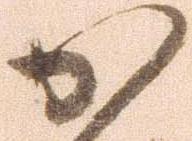
か